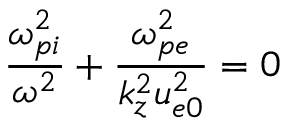
\frac { \omega _ { p i } ^ { 2 } } { \omega ^ { 2 } } + \frac { \omega _ { p e } ^ { 2 } } { k _ { z } ^ { 2 } u _ { e 0 } ^ { 2 } } = 0